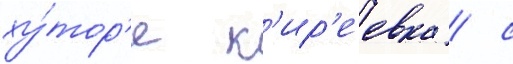
ху́тор'е к'ир'еевка / с